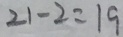
2 1 - 2 = 1 9